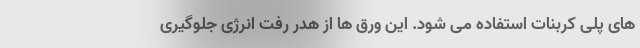
های پلی کربنات استفاده می شود. این ورق ها از هدر رفت انرژی جلوگیری